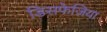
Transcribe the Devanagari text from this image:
डिसफेजिया